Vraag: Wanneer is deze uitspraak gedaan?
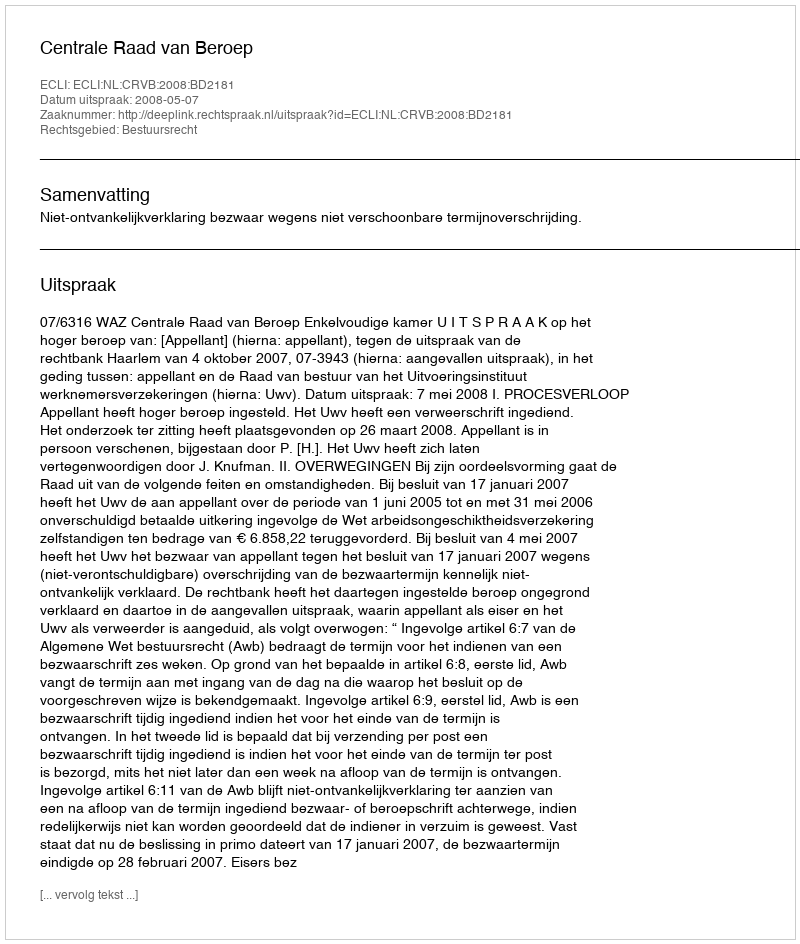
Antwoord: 2008-05-07